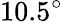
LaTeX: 10.5^{\circ}